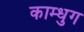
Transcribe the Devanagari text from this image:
काम्धुग